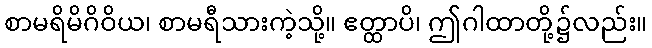
စာမရိမိဂိဝိယ၊ စာမရီသားကဲ့သို့။ ဧတ္ထာပိ၊ ဤဂါထာတို့၌လည်း။